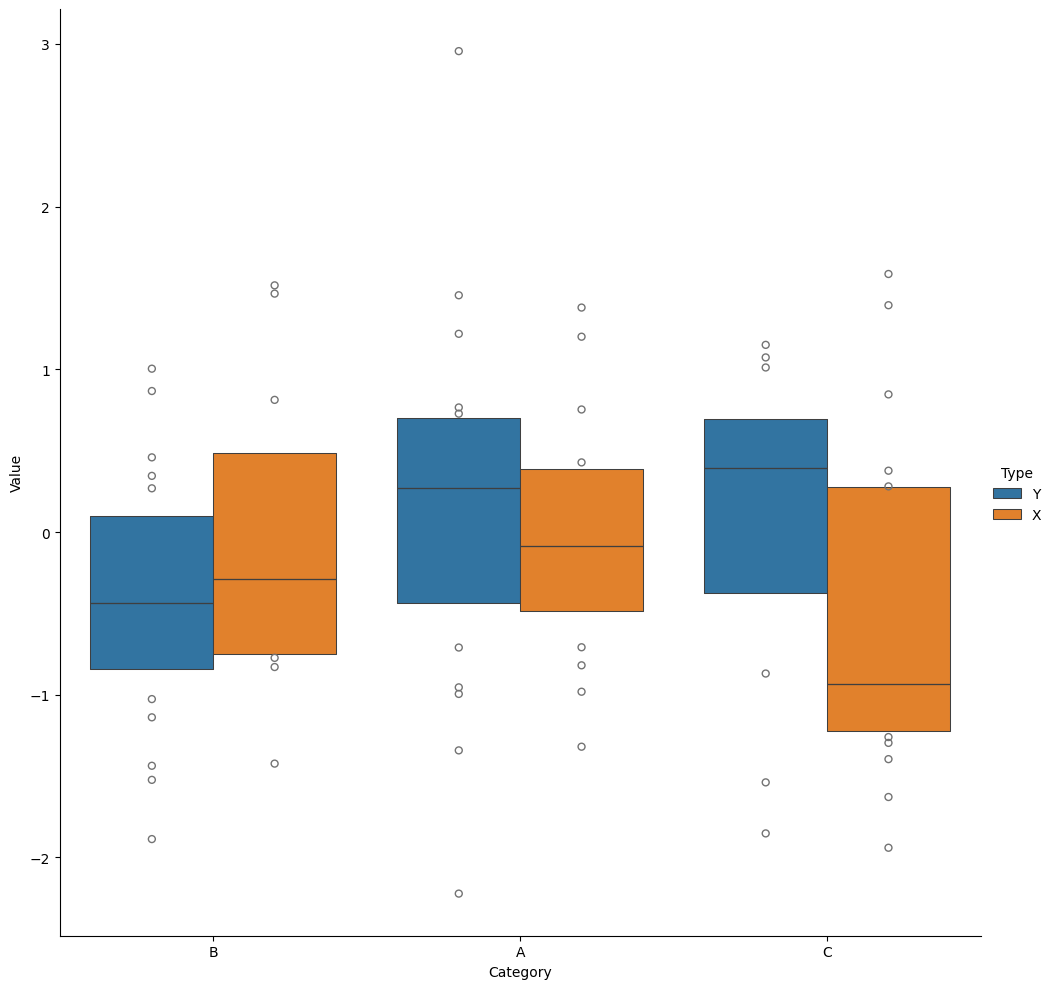
python, seaborn, catplot, kind='boxen', height=10, aspect=1